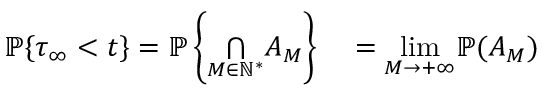
\begin{array} { r l } { \mathbb { P } \{ \tau _ { \infty } < t \} = \mathbb { P } \left\{ \underset { M \in \mathbb { N } ^ { * } } { \bigcap } A _ { M } \right\} } & { { } = \underset { M \rightarrow + \infty } { \operatorname* { l i m } } \mathbb { P } ( A _ { M } ) } \end{array}